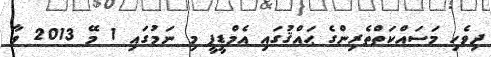
ދިވެހި މަސައްކަތްތެރިންގެ ޙައްޤުގައި އެމްޑީޕީ މި ނަމުގައި 1 މޭ 2013 ވާ